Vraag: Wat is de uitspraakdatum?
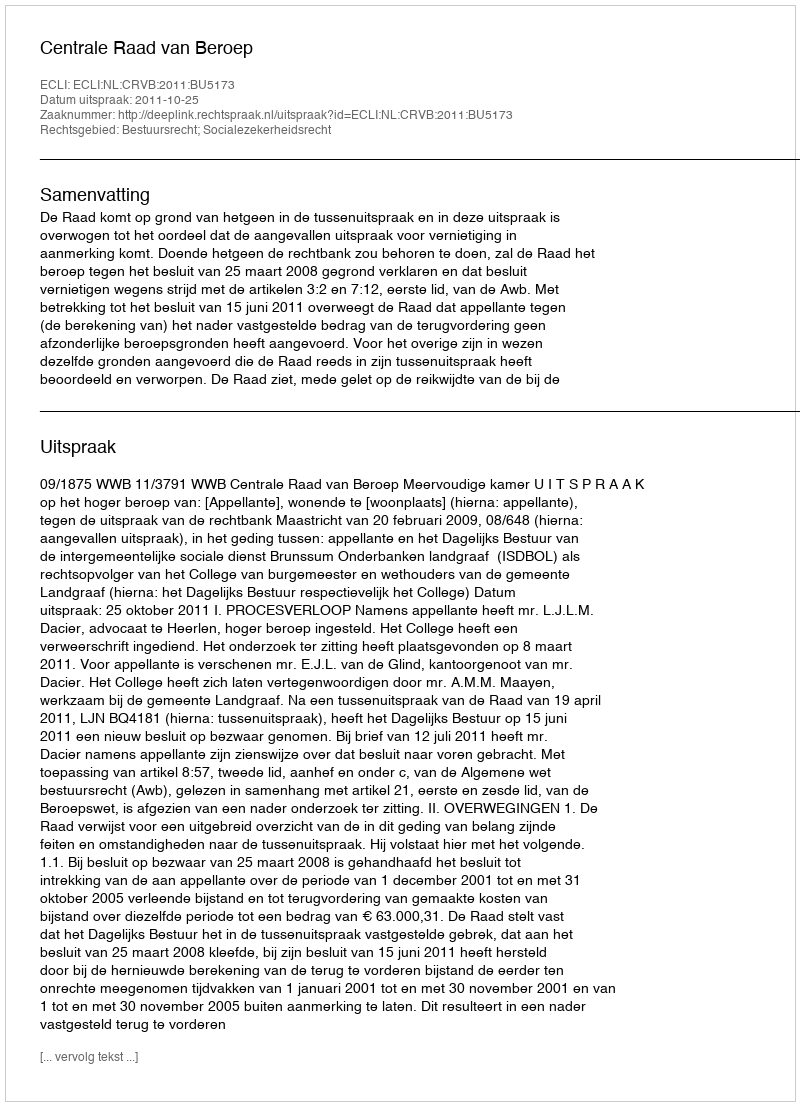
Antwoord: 2011-10-25